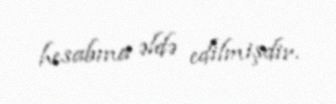
hesabına əldə edilmişdir.